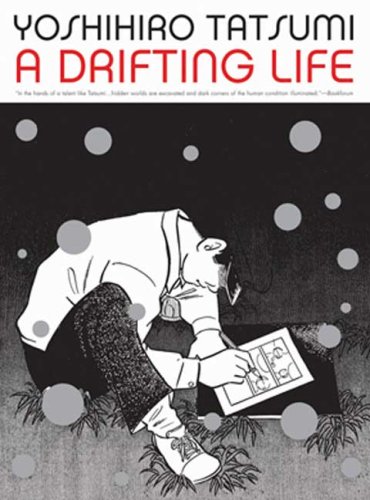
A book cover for A Drifting Life; Yoshihiro Tatsumi; Comics & Graphic Novels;